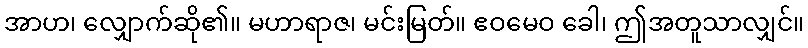
အာဟ၊ လျှောက်ဆို၏။ မဟာရာဇ၊ မင်းမြတ်။ ဧဝမေဝ ခေါ၊ ဤအတူသာလျှင်။